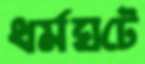
ধর্মঘটে